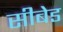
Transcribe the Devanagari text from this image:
सीबेड